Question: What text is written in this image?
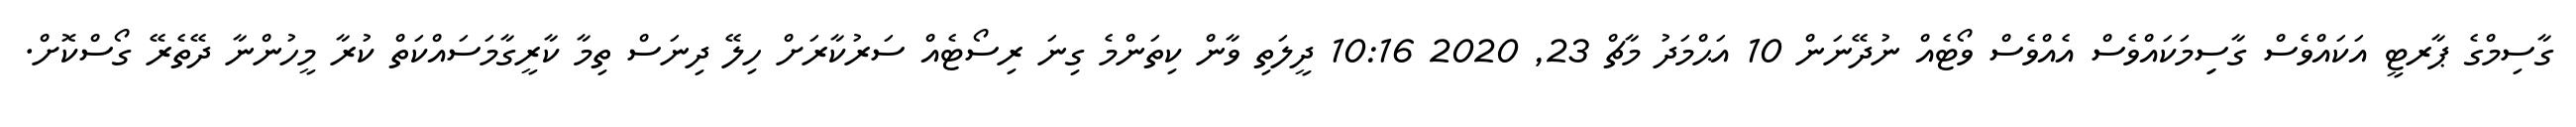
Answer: ގާސިމްގެ ޕާރޓީ އަކައްވެސް ގާސިިމަކައްވެސް އެއްވެސް ވޯޓެއް ނުދޭނަން 10 އަޙްމަދު މާޗް 23, 2020 10:16 ދީލަތި ވާން ކިތަންމެ ގިނަ ރިސޯޓެއް ސަރުކާރަށް ހިލޭ ދިނަސް ތިމާ ކާރީގާމަސައްކަތް ކުރާ މީހުންނާ ދޭތެރޭ ގޯސްކޮށް.